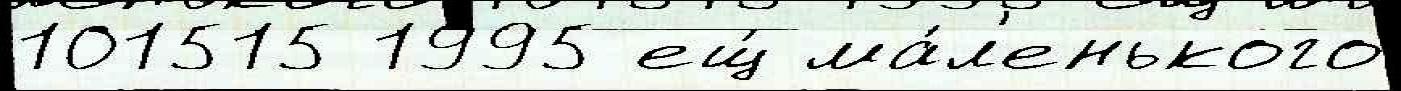
101515 1995 ещ́ ма́л'енького